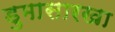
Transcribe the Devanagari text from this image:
डुमासारखा